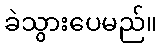
ခဲသွားပေမည်။